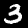
Label: 3